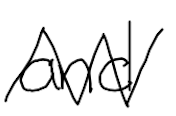
Text: and
Cross-out: mix
Writing tool: digital_black